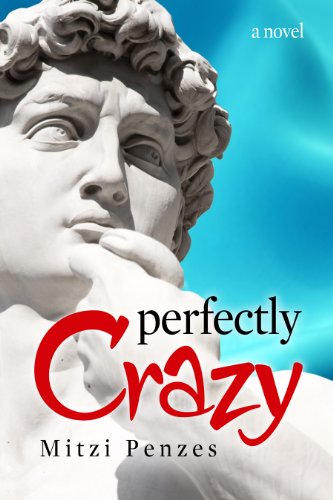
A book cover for Perfectly Crazy; Mitzi Penzes; Travel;